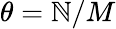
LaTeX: \theta=\mathbb{N}/M